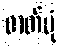
ဓာတ်ပုံ